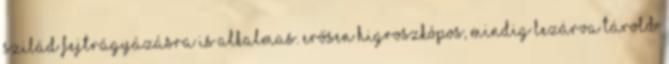
Szilád fejtrágyázásra is alkalmas. Erősen higroszkópos, mindig lezárva tárold.